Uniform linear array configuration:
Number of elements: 48
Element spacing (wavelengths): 0.25
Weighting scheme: exponential
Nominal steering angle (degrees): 0
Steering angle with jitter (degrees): -0.3248
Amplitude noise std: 0.05
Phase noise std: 0.05

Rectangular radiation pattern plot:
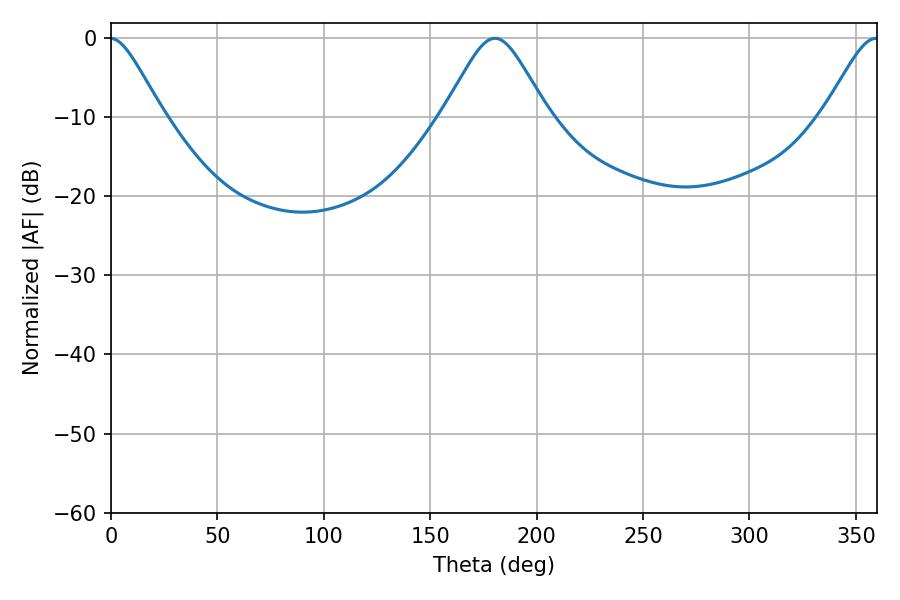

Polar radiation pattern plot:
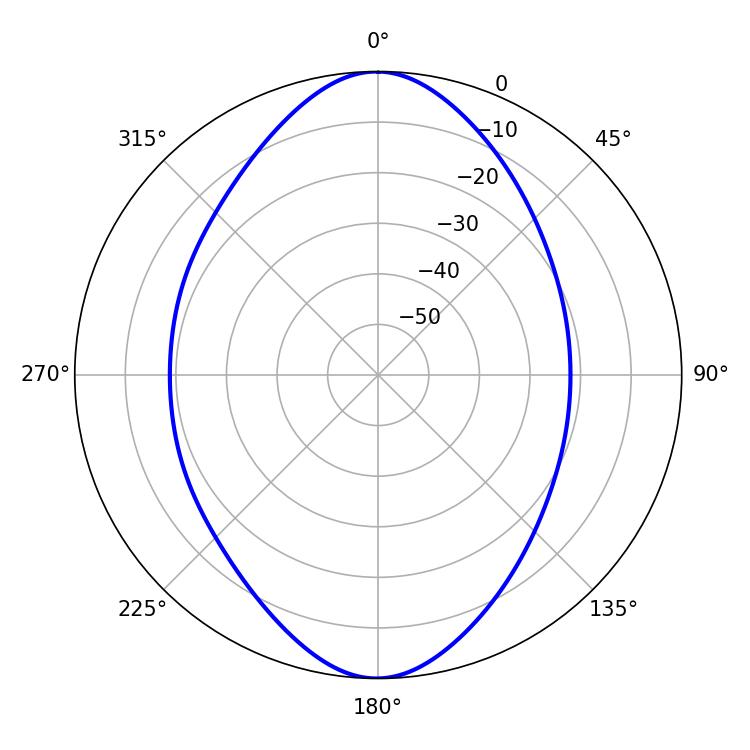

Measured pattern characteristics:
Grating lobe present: FALSE
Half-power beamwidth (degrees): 23.58
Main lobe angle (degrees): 180.36